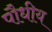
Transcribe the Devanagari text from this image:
पौधीय